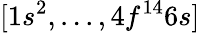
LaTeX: [1s^{2},...,4f^{14}6s]